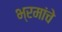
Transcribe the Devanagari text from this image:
भ्रमांचे